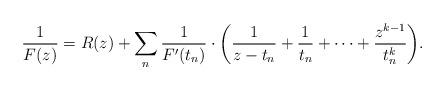
LaTeX: \begin{align*}\frac{1}{F(z)} = R(z) + \sum_n\frac{1}{F'(t_n)} \cdot \bigg(\frac{1}{z-t_n} +\frac{1}{t_n}+\cdots + \frac{z^{k-1}}{t_n^k} \bigg).\end{align*}